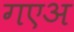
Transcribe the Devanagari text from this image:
गएअ